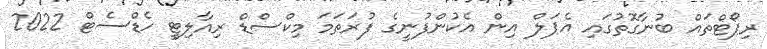
ރިޕޯޓްތައް ބުނާގޮތުގައި އެޕަލް އިން އެކުންފުނީގެ ފުރަތަމަ މިކްސްޑް ރިއާލިޓީ ހެޑްސެޓް 2022